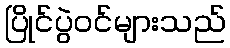
ပြိုင်ပွဲဝင်များသည်